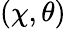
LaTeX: (\chi,\theta)